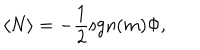
\langle N \rangle = - { \frac { 1 } { 2 } } \mathrm { s g n } ( m ) \Phi ,